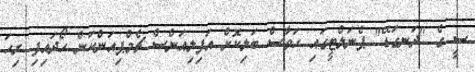
ސީ ގެ "ދަނގަޑޭ" ޕެނަލްޓީގައި ހަވާސް ބަލިކޮށް އަފިލިއަންސް ޗެމްޕިއަންކަން ހޯދައިފި ރިހަ